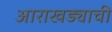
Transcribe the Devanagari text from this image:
आराखड्याची